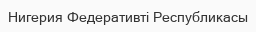
Нигерия Федеративті Республикасы